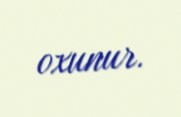
oxunur.